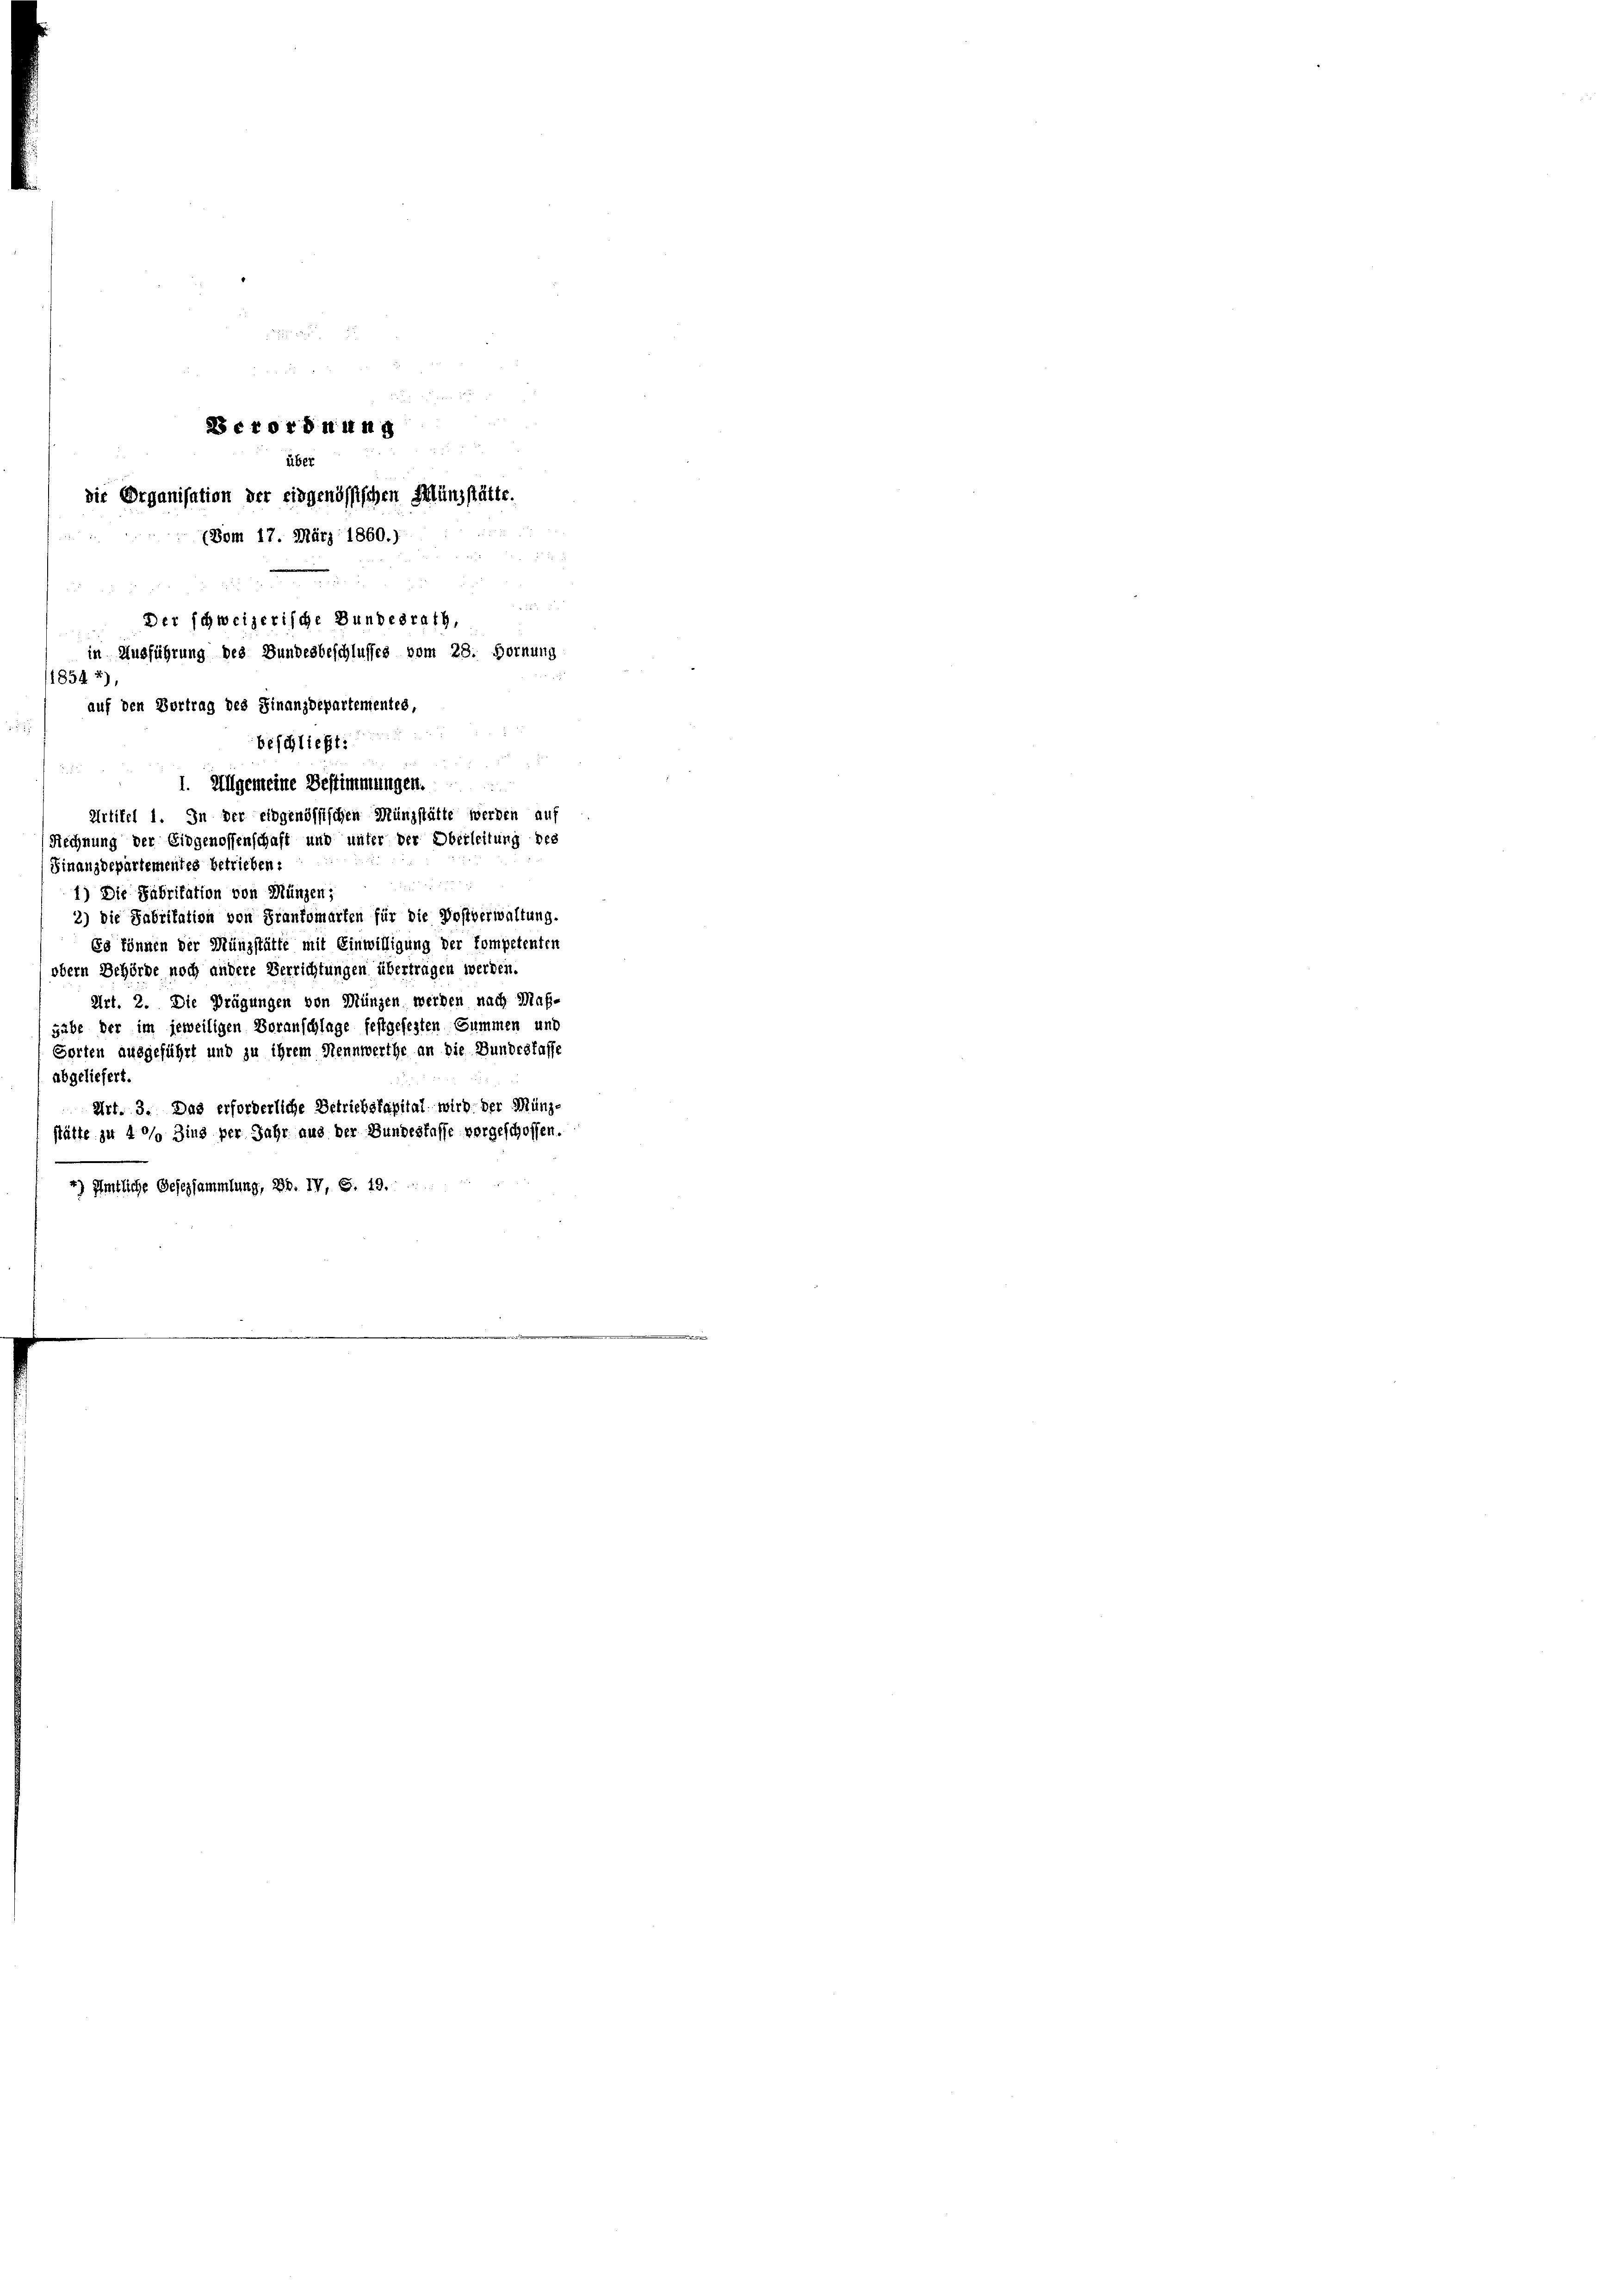
de

Berordnung
i
über
die Organisation der eidgenössischen Münzstätte.

(Vom 17. März 1860.)

1) Die Fabritation von Münzen;
2) die Fabritation von Frankomarten für die Postverwaltung.
Es können der Münzstätte mit Einwilligung der Kompetenten
obern Behörde noch andere Verrichtungen übertragen werden.
Art. 2. Die Prägungen von Münzen werden nach Maßgabe der im jeweiligen Voranschlage festgefesten Summen und
Sorten ausgeführt und zu ihrem Rennwerthe an die Bundeslaffe
abgeliefert.
Art. 3. Das erforderliche Betriebskapital wird der Münzstätte zu 4% Zins per Jahr aus der Bundesfasse vorgeschossen.
4) Amtliche Gesezsammlung, Bd. IV, S. 19.

u
Der schweizerische Bundesrath,
in Ausführung des Bundesbeschlusses vom 28. Hornung
1854 *),
auf den Vortrag des Finanzdepartementes,
beschließt:

1. Allgemeine Bestimmungen.
Artikel 1. In der eidgenössischen Münzstätte werden auf
Rechnung der Eidgenossenschaft und unter der Oberleitung des
Finanzdepartementes betrieben: